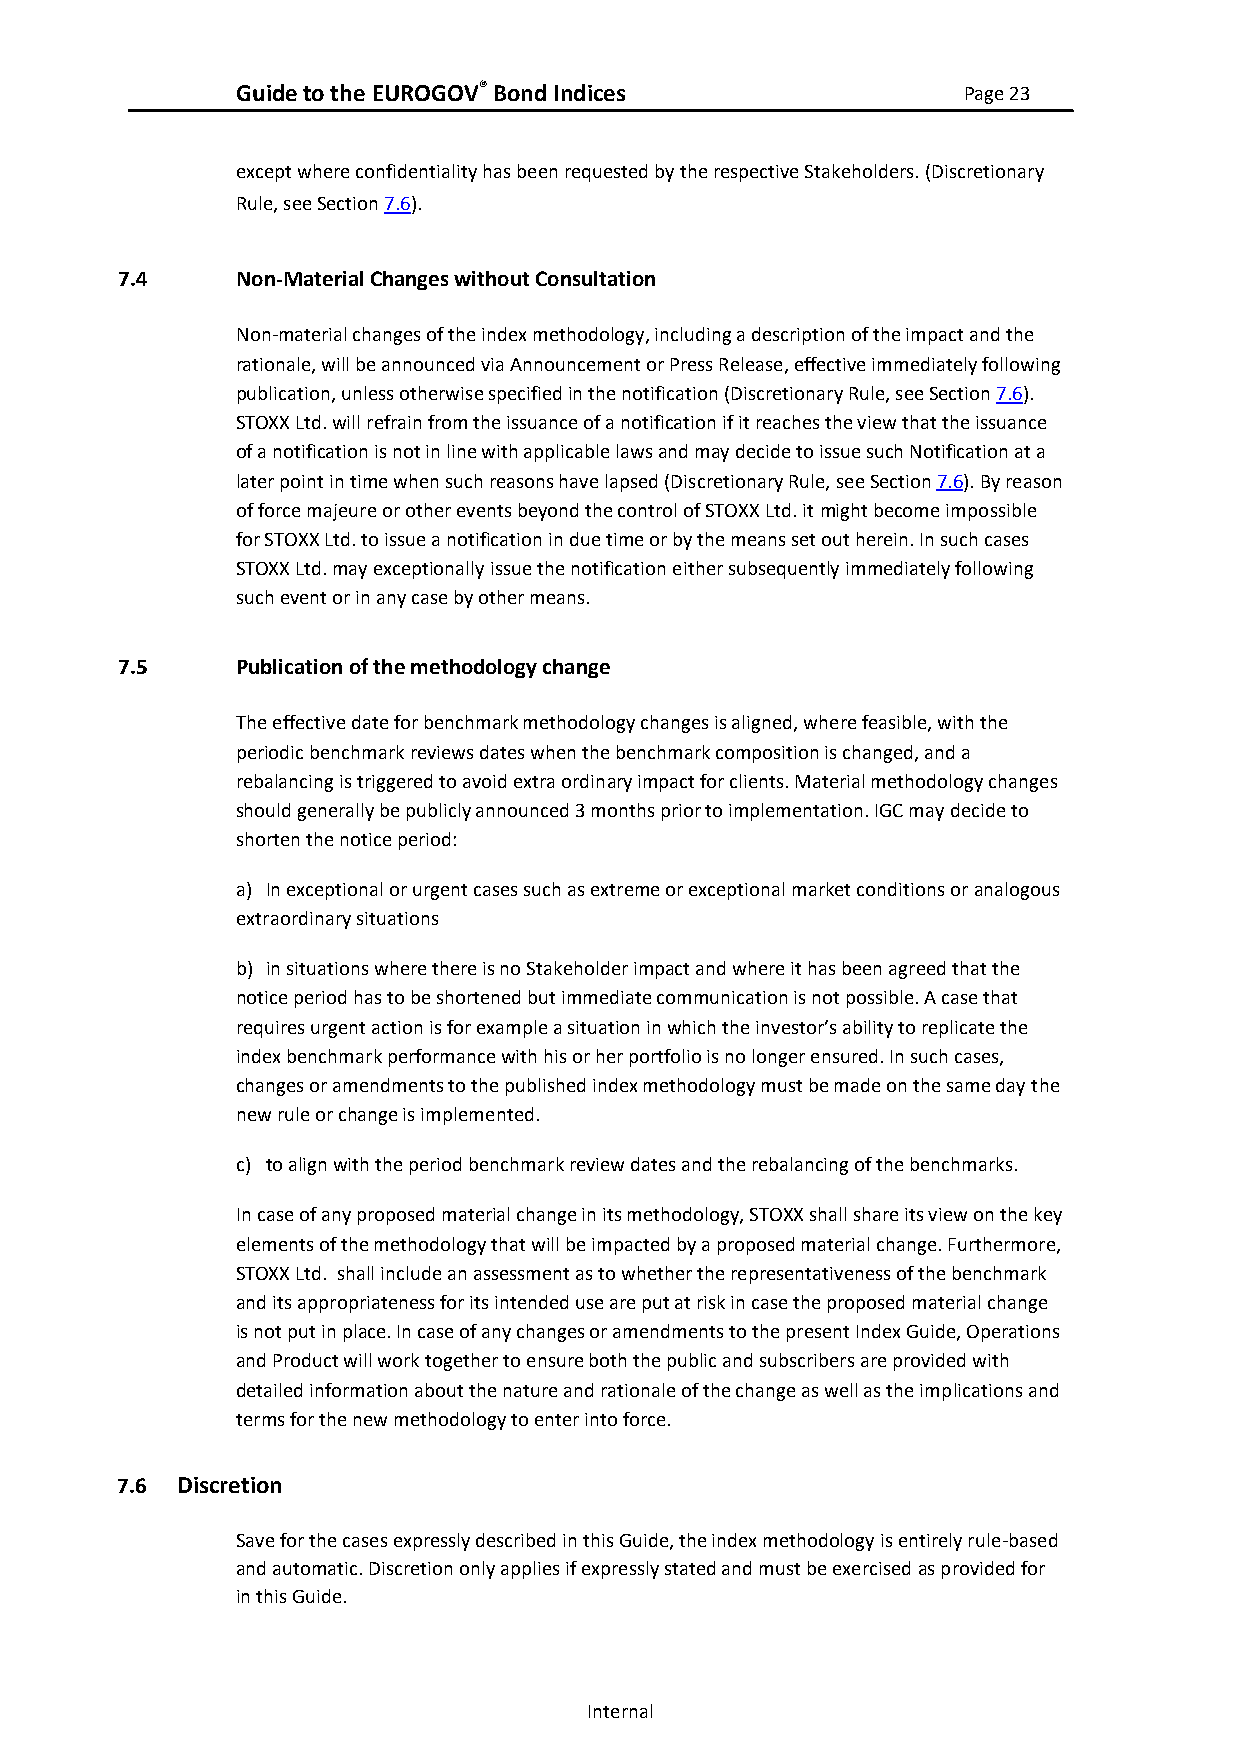
Guide to the EUROGOV® Bond Indices              Page 23
 except where confidentiality has been requested by the respective Stakeholders. (Discretionary
 Rule, see Section 7.6).
 7.4     Non-Material Changes without Consultation
 Non-material changes of the index methodology, including a description of the impact and the
 rationale, will be announced via Announcement or Press Release, effective immediately following
 publication, unless otherwise specified in the notification (Discretionary Rule, see Section 7.6).
 STOXX Ltd. will refrain from the issuance of a notification if it reaches the view that the issuance
 of a notification is not in line with applicable laws and may decide to issue such Notification at a
 later point in time when such reasons have lapsed (Discretionary Rule, see Section 7.6). By reason
 of force majeure or other events beyond the control of STOXX Ltd. it might become impossible
 for STOXX Ltd. to issue a notification in due time or by the means set out herein. In such cases
 STOXX Ltd. may exceptionally issue the notification either subsequently immediately following
 such event or in any case by other means.
 7.5     Publication of the methodology change
 The effective date for benchmark methodology changes is aligned, where feasible, with the
 periodic benchmark reviews dates when the benchmark composition is changed, and a
 rebalancing is triggered to avoid extra ordinary impact for clients. Material methodology changes
 should generally be publicly announced 3 months prior to implementation. IGC may decide to
 shorten the notice period:
 a) In exceptional or urgent cases such as extreme or exceptional market conditions or analogous
 extraordinary situations
 b) in situations where there is no Stakeholder impact and where it has been agreed that the
 notice period has to be shortened but immediate communication is not possible. A case that
 requires urgent action is for example a situation in which the investor’s ability to replicate the
 index benchmark performance with his or her portfolio is no longer ensured. In such cases,
 changes or amendments to the published index methodology must be made on the same day the
 new rule or change is implemented.
 c) to align with the period benchmark review dates and the rebalancing of the benchmarks.
 In case of any proposed material change in its methodology, STOXX shall share its view on the key
 elements of the methodology that will be impacted by a proposed material change. Furthermore,
 STOXX Ltd. shall include an assessment as to whether the representativeness of the benchmark
 and its appropriateness for its intended use are put at risk in case the proposed material change
 is not put in place. In case of any changes or amendments to the present Index Guide, Operations
 and Product will work together to ensure both the public and subscribers are provided with
 detailed information about the nature and rationale of the change as well as the implications and
 terms for the new methodology to enter into force.
 7.6 Discretion
 Save for the cases expressly described in this Guide, the index methodology is entirely rule-based
 and automatic. Discretion only applies if expressly stated and must be exercised as provided for
 in this Guide.
 Internal